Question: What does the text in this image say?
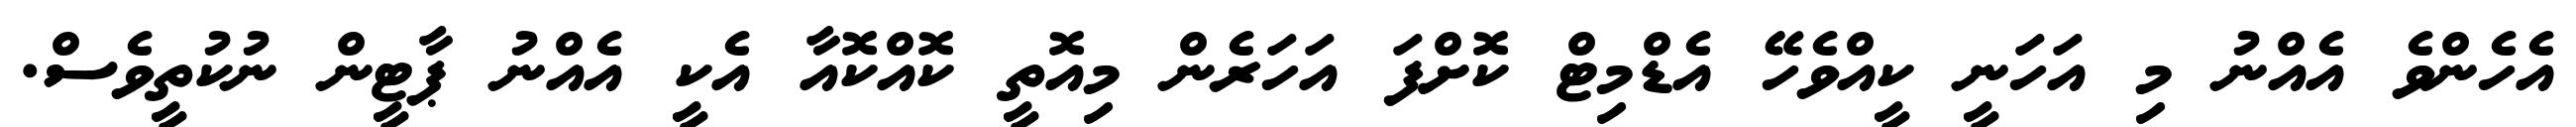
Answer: އެހެންވެ އެއްނު މި އަހަނީ ކީއްވެހޭ އެޑްމިޓް ކޮށްފަ އަހަރެން މިއޮތީ ކޮއްކޮއާ އެކީ އެއްނު ޕާޓީން ނުކުތީވެސް.